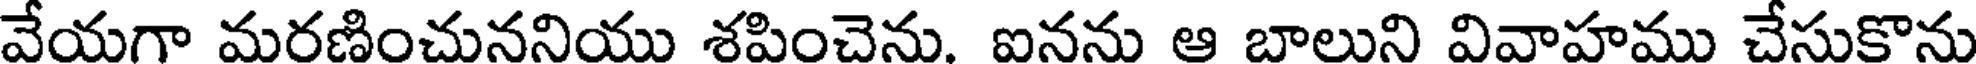
వేయగా మరణించుననియు శపించెను. ఐనను ఆ బాలుని వివాహము చేసుకొను